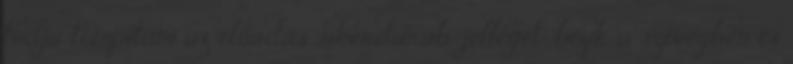
tudja tompítani az előadás sikerdarab-jellegét: bízik a szövegben és